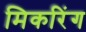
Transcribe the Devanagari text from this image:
मिकरिंग